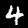
Digit: 4